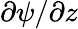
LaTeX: \partial\psi/\partial z